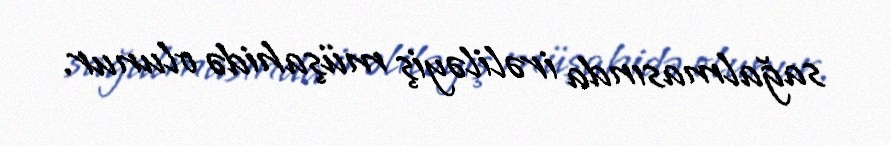
sağalmasında irəliləyiş müşahidə olunur.